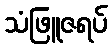
သံဖြူဇရပ်